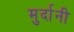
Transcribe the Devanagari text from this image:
मुर्दानी